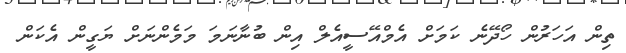
ތިން އަހަރުން ހޯދޭނެ ކަމަށް އެމްއޭސީއެލް އިން ބުނާނަމަ މަމެންނަށް ޔަގީން އެކަން